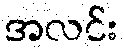
အလင်း